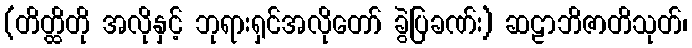
(တိတ္ထိတို အလိုနှင့် ဘုရားရှင်အလိုတော် ခွဲပြခဏ်း) ဆဠာဘိဇာတိသုတ်၊